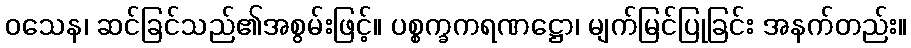
ဝသေန၊ ဆင်ခြင်သည်၏အစွမ်းဖြင့်။ ပစ္စက္ခကရဏဋ္ဌော၊ မျက်မြင်ပြုခြင်း အနက်တည်း။